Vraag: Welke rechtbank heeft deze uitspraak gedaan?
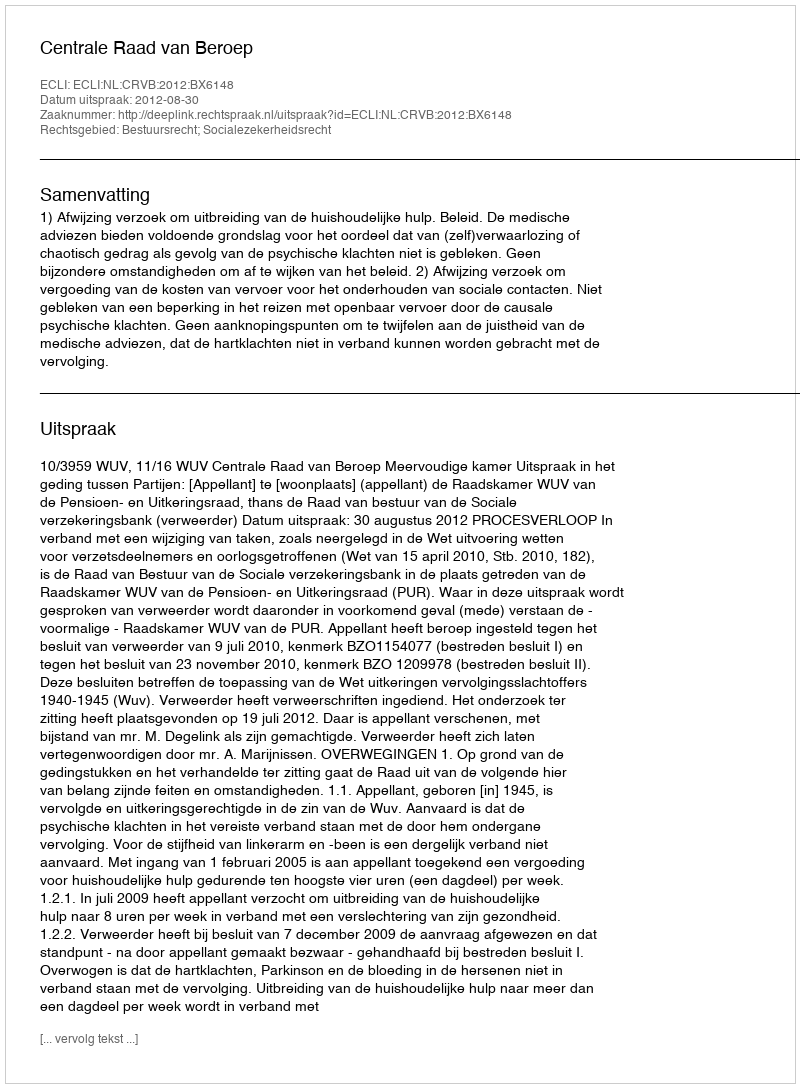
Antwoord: Centrale Raad van Beroep